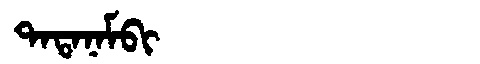
Manchu: ᡨᠠᡨᠠᠨᠠᠮᠪᡳ
Romanization: TATANAMBI